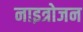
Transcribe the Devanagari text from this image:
नाइत्रोजन